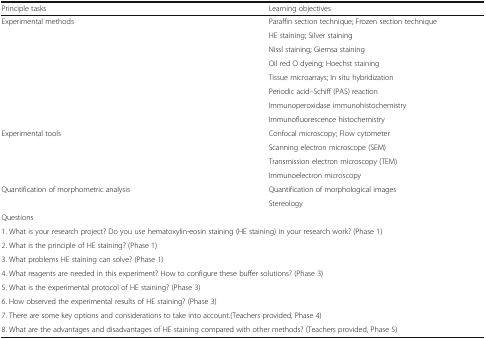
<table><thead><tr><td><b>Principle tasks</b></td><td><b>Learning objectives</b></td></tr></thead><tbody><tr><td rowspan="8">Experimental methods</td><td>Paraffin section technique; Frozen section technique</td></tr><tr><td>HE staining; Silver staining</td></tr><tr><td>Nissl staining; Giemsa staining</td></tr><tr><td>Oil red O dyeing; Hoechst staining</td></tr><tr><td>Tissue microarrays; In situ hybridization</td></tr><tr><td>Periodic acid–Schiff (PAS) reaction</td></tr><tr><td>Immunoperoxidase immunohistochemistry</td></tr><tr><td>Immunofluorescence histochemistry</td></tr><tr><td rowspan="4">Experimental tools</td><td>Confocal microscopy; Flow cytometer</td></tr><tr><td>Scanning electron microscope (SEM)</td></tr><tr><td>Transmission electron microscopy (TEM)</td></tr><tr><td>Immunoelectron microscopy</td></tr><tr><td rowspan="2">Quantification of morphometric analysis</td><td>Quantification of morphological images</td></tr><tr><td>Stereology</td></tr><tr><td colspan="2">Questions</td></tr><tr><td colspan="2">1. What is your research project? Do you use hematoxylin-eosin staining (HE staining) in your research work? (Phase 1)</td></tr><tr><td colspan="2">2. What is the principle of HE staining? (Phase 1)</td></tr><tr><td colspan="2">3. What problems HE staining can solve? (Phase 1)</td></tr><tr><td colspan="2">4. What reagents are needed in this experiment? How to configure these buffer solutions? (Phase 3)</td></tr><tr><td colspan="2">5. What is the experimental protocol of HE staining? (Phase 3)</td></tr><tr><td colspan="2">6. How observed the experimental results of HE staining? (Phase 3)</td></tr><tr><td colspan="2">7. There are some key options and considerations to take into account.(Teachers provided, Phase 4)</td></tr><tr><td colspan="2">8. What are the advantages and disadvantages of HE staining compared with other methods? (Teachers provided, Phase 5)</td></tr></tbody></table>